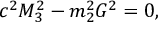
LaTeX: c ^ { 2 } M _ { 3 } ^ { 2 } - m _ { 2 } ^ { 2 } G ^ { 2 } = 0 ,